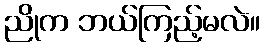
ညိုက ဘယ်ကြည့်မလဲ။